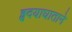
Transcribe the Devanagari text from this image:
हृदयाघाताने